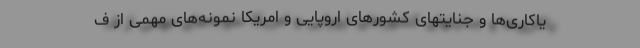
یاکاری‌ها و جنایتهای کشورهای اروپایی و امریکا نمونه‌های مهمی از ف